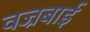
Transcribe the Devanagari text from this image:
वज्रबाई